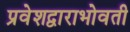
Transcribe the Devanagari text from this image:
प्रवेशद्वाराभोवती